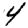
Digit: 4